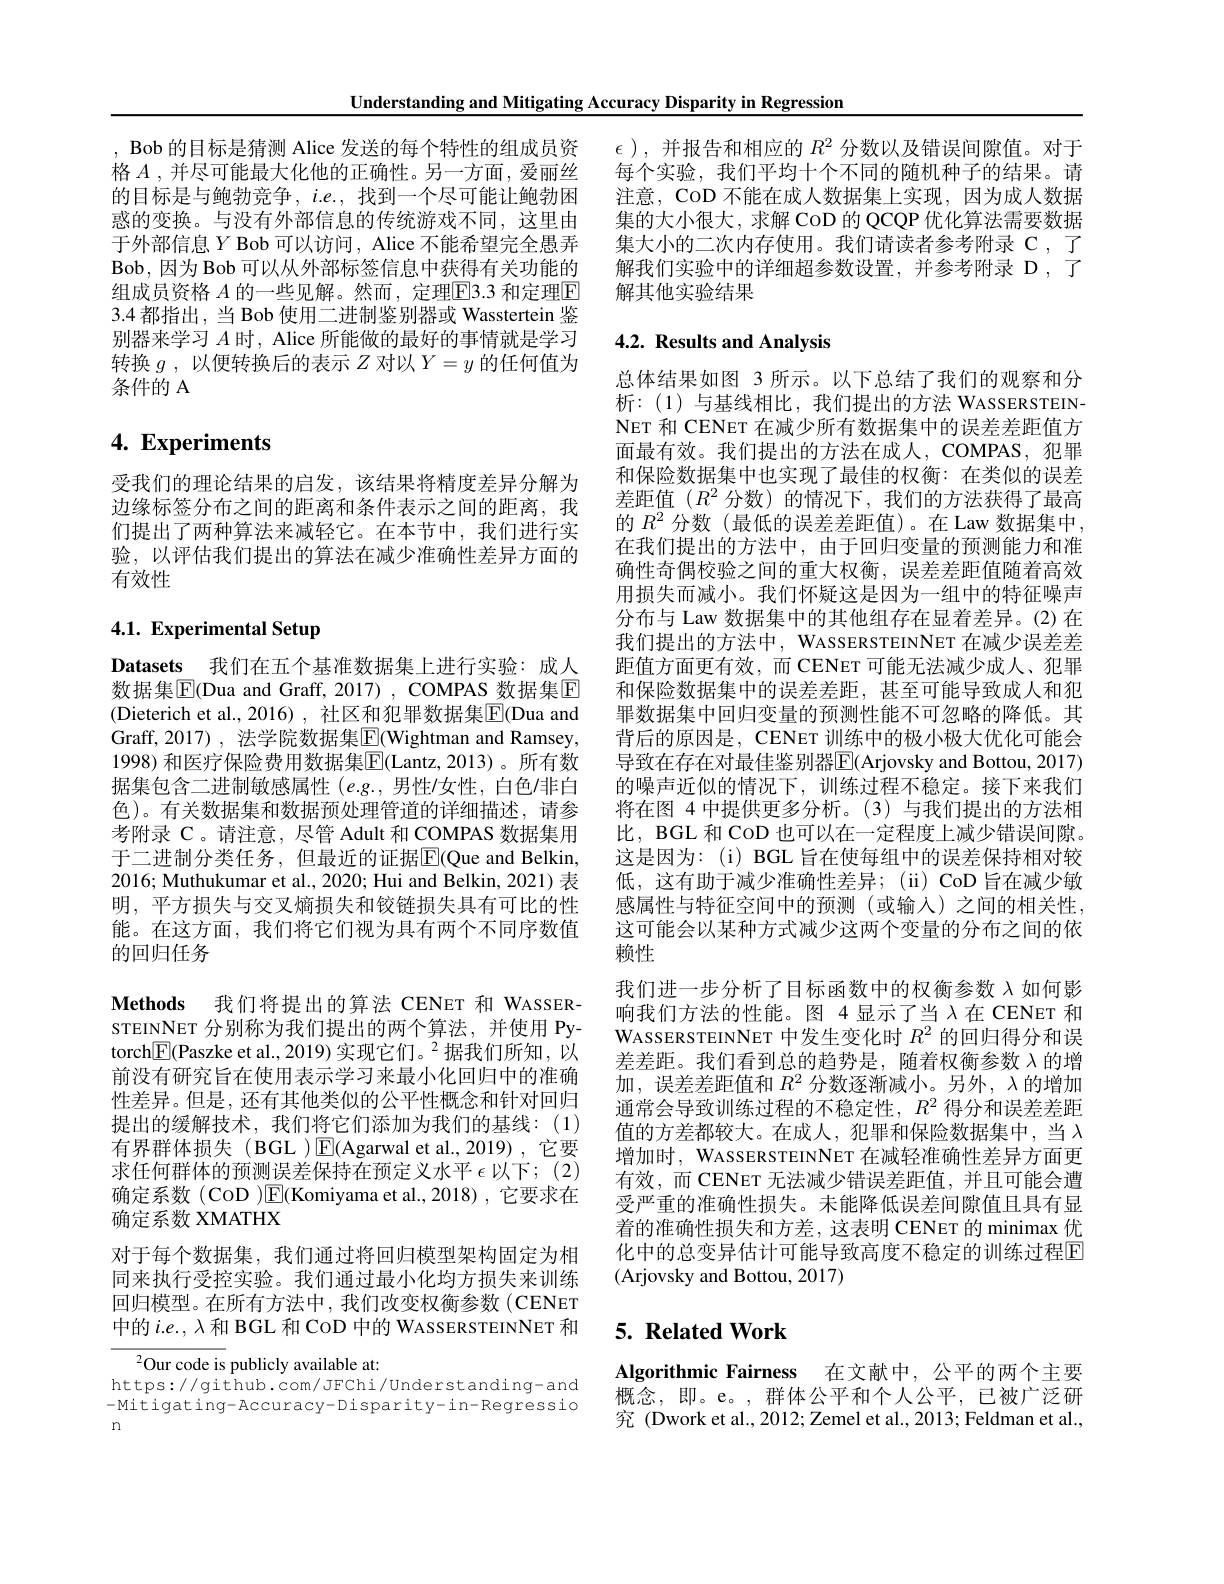
Understanding and Mitigating Accuracy Disparity in Regression

于外部信息$Y$ Bob 可以访问，Alice 不能希望完全愚弄Bob, 因 为 Bob 可 以 从 外 部 标 签 信 息 中 获 得 有 关 功 能 的 组成员资格 $A$ 的一些见解。然而，定理$\overline{\mathrm{E}}$3.3 和定理$\overline{\mathrm{E}}$ 3.4 都指出，当 Bob 使用二进制鉴别器或 Wasstertein 鉴别器来学习$A$时，Alice 所能做的最好的事情就是学习转换$g$,以便转换后的表示$Z$对以$Y=y$的任何值为条件的 A

# 4. Experiments

受我们的理论结果的启发，该结果将精度差异分解为边缘标签分布之间的距离和条件表示之间的距离，我们提出了两种算法来减轻它。在本节中，我们进行实验，以评估我们提出的算法在减少准确性差异方面的有效性

# 4.1. Experimental Setup

Datasets 我们在五个基准数据集上进行实验：成人数据集$\boxed{\mathrm{F}}($Dua and Graff, 2017) , COMPAS 数据集E (Dieterich et al., 2016), 社区和犯罪数据集$\boxed{\mathrm{F}}($Dua and Graff, 2017) , 法学院数据集$\boxed{\mathrm{F}}($Wightman and Ramsey, 1998) 和医疗保险费用数据集$\boxed{\mathrm{F}}($Lantz,2013)。所有数据集包含二进制敏感属性(e.g.,男性/女性，白色/非白色)。有关数据集和数据预处理管道的详细描述，请参考附录 C。请注意，尽管 Adult 和 COMPAS 数据集用于二进制分类任务，但最近的证据$\boxed{\mathrm{F}}($Que and Belkin, 2016; Muthukumar et al., 2020; Hui and Belkin, 2021) 表明，平方损失与交叉熵损失和铰链损失具有可比的性能。在这方面，我们将它们视为具有两个不同序数值的回归任务

Methods 我们将提出的算法 CENET 和 WASSER-

STEINNET 分别称为我们提出的两个算法，并使用 Pytorch$\boxed{\mathrm{F}}($Paszke et al.,2019)实现它们。$^2$据我们所知，以前没有研究旨在使用表示学习来最小化回归中的准确性差异。但是，还有其他类似的公平性概念和针对回归提出的缓解技术，我们将它们添加为我们的基线：(1) 有界群体损失(BGL )$\boxed{\mathrm{E}}($Agarwal et al.,2019),它要求任何群体的预测误差保持在预定义水平$\epsilon$以下；(2) 确定系数 (COD )$\boxed{\mathrm{F}}($Komiyama et al.,2018),它要求在确定系数 XMATHX

对于每个数据集，我们通过将回归模型架构固定为相同来执行受控实验。我们通过最小化均方损失来训练回归模型。在所有方法中，我们改变权衡参数(CENET 中的$i.e.,\lambda$和 BGL 和 CoD 中的 WASSERSTEINNET 和

$^{2}$Our code is publicly available at:
https://github.com/JFChi/Understanding-and -Mitigating-Accuracy-Disparity-in-Regressio n

Bob 的目标是猜测 Alice 发送的每个特性的组成员资 $\epsilon)$,并报告和相应的$R^{2}$分数以及错误间隙值。对于格$A$ ,并尽可能最大化他的正确性。另一方面，爱丽丝 每个实验，我们平均十个不同的随机种子的结果。请的目标是与鲍勃竞争，$i.e.$,找到一个尽可能让鲍勃困 注意，CoD 不能在成人数据集上实现，因为成人数据惑的变换。与没有外部信息的传统游戏不同，这里由 集的大小很大，求解 CoD 的 QCQP 优化算法需要数据
集大小的二次内存使用。我们请读者参考附录 C ,了解我们实验中的详细超参数设置，并参考附录 D ,了解其他实验结果

# 4.2. Results and Analysis

总体结果如图 3 所示。以下总结了我们的观察和分析：(1)与基线相比，我们提出的方法 WASSERSTEINNET 和 CENET 在减少所有数据集中的误差差距值方面最有效。我们提出的方法在成人，COMPAS,犯罪和保险数据集中也实现了最佳的权衡：在类似的误差差距值($R^2$分数)的情况下，我们的方法获得了最高的$R^{2}$分数(最低的误差差距值)。在 Law 数据集中在我们提出的方法中，由于回归变量的预测能力和准确性奇偶校验之间的重大权衡，误差差距值随着高效用损失而减小。我们怀疑这是因为一组中的特征噪声分布与 Law 数据集中的其他组存在显着差异。(2)在我们提出的方法中，WASSERSTEINNET 在减少误差差距值方面更有效，而 CENET 可能无法减少成人、犯罪和保险数据集中的误差差距，甚至可能导致成人和犯罪数据集中回归变量的预测性能不可忽略的降低。其背后的原因是，CENET 训练中的极小极大优化可能会导致在存在对最佳鉴别器$\overline{\mathbb{E}}($Arjovsky and Bottou, 2017) 的噪声近似的情况下，训练过程不稳定。接下来我们将在图 4 中提供更多分析。(3)与我们提出的方法相比，BGL 和 CoD 也可以在一定程度上减少错误间隙。这是因为：(i) BGL 旨在使每组中的误差保持相对较低，这有助于减少准确性差异；(ii)CoD 旨在减少敏感属性与特征空间中的预测(或输入)之间的相关性， 这可能会以某种方式减少这两个变量的分布之间的依赖性
我们进一步分析了目标函数中的权衡参数$\lambda$如何影响我们方法的性能。图 4 显示了当$\lambda$在 CENET 和WASSERSTEINNET 中发生变化时$R^{2}$的回归得分和误差差距。我们看到总的趋势是，随着权衡参数$\lambda$的增加，误差差距值和$R^2$分数逐渐减小。另外，$\lambda$的增加通常会导致训练过程的不稳定性，$R^2$得分和误差差距值的方差都较大。在成人，犯罪和保险数据集中，当$\lambda$ 增加时，WASSERSTEINNET 在减轻准确性差异方面更有效，而 CENET 无法减少错误差距值，并且可能会遭受严重的准确性损失。未能降低误差间隙值且具有显着的准确性损失和方差，这表明 CENET 的 minimax 优化中的总变异估计可能导致高度不稳定的训练过程$\mathbb{E}$ (Arjovsky and Bottou, 2017)

## $5. \textbf{ Related Work}$

Algorithmic Fairness 在文献中，公平的两个主要概念，即。e。,群体公平和个人公平，已被广泛研究 (Dwork et al., 2012; Zemel et al., 2013; Feldman et al.,